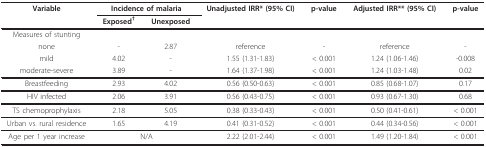
| Variable | <COLSPAN=2> Incidence of malaria | Unadjusted IRR* (95% CI) | p-value | Adjusted IRR** (95% CI) | p-value |
 |  | Exposed† | Unexposed |  |  |  |  |
 | --- | --- | --- | --- | --- | --- | --- |
 | Measures of stunting |  |  |  |  |  |  |
 | none | - | 2.87 | reference | - | reference | - |
 | mild | 4.02 | - | 1.55 (1.31-1.83) | < 0.001 | 1.24 (1.06-1.46) | -0.008 |
 | moderate-severe | 3.89 | - | 1.64 (1.37-1.98) | < 0.001 | 1.24 (1.03-1.48) | 0.02 |
 | Breastfeeding | 2.93 | 4.02 | 0.56 (0.50-0.63) | < 0.001 | 0.85 (0.68-1.07) | 0.17 |
 | HIV infected | 2.06 | 3.91 | 0.56 (0.43-0.75) | < 0.001 | 0.93 (0.67-1.30) | 0.68 |
 | TS chemoprophylaxis | 2.18 | 5.05 | 0.38 (0.33-0.43) | < 0.001 | 0.50 (0.41-0.61) | < 0.001 |
 | Urban vs. rural residence | 1.65 | 4.19 | 0.41 (0.31-0.52) | < 0.001 | 0.44 (0.34-0.56) | < 0.001 |
 | Age per 1 year increase | <COLSPAN=2> N/A | 2.22 (2.01-2.44) | < 0.001 | 1.49 (1.20-1.84) | < 0.001 |